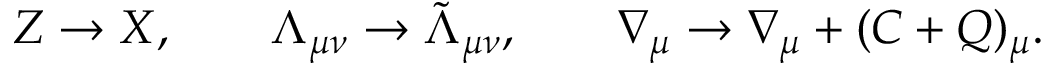
Z \rightarrow X , \qquad \Lambda _ { \mu \nu } \rightarrow \tilde { \Lambda } _ { \mu \nu } , \qquad \nabla _ { \mu } \rightarrow \nabla _ { \mu } + ( C + Q ) _ { \mu } .